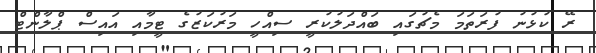
ރޭ ކުޅުނު ފުރަތަމަ މެޗުގައި ބައްދަލުކުރީ ސިއްހީ މަރުކަޒުގެ ޓީމާއި އައިސް ޕްލާންޓް